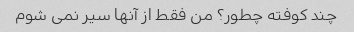
چند کوفته چطور؟ من فقط از آنها سیر نمی شوم